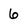
Character: 6